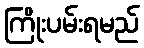
ကြိုးပမ်းရမည်